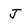
Character: J